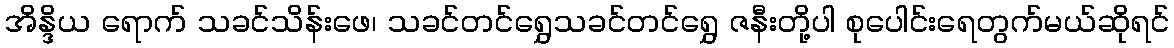
အိန္ဒိယ ရောက် သခင်သိန်းဖေ၊ သခင်တင်ရွှေသခင်တင်ရွှေ ဇနီးတို့ပါ စုပေါင်းရေတွက်မယ်ဆိုရင်